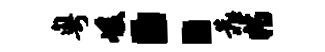
粤峻：靠特